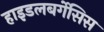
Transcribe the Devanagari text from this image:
हाइडलबर्गेसिस